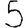
Digit: 5